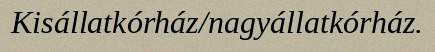
Kisállatkórház/nagyállatkórház.